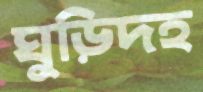
ঘুড়িদহ